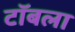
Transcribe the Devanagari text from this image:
टॉबला